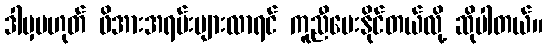
ဒါမှမဟုတ် ဖိအားအရမ်းများလာရင် ကူညီပေးနိုင်တယ်လို့ ဆိုပါတယ်။